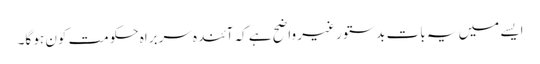
ایسے میں یہ بات بدستور غیر واضح ہے کہ آئندہ سربراہِ حکومت کون ہو گا۔